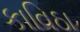
કાવિઠા